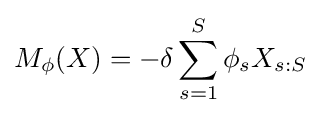
M_{\phi }(X)=-\delta \sum _{s=1}^{S}\phi _{s}X_{s:S}